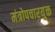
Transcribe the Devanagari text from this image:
मंत्रोपचारयुक्त